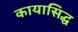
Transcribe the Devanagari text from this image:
कायासिद्ध